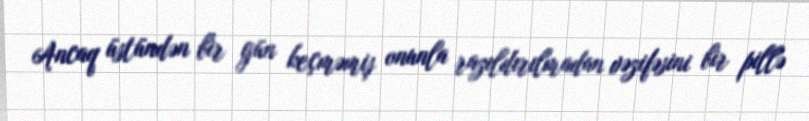
Ancaq üstündən bir gün keçməmiş onunla razıldırılmadan vəzifəsini bir pillə